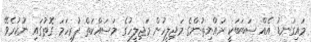
މައިގަނޑު އެއް ސަބަބަކީ ރައްޔިތުންގެ މަޖިލީހުން މަޖިލީހުގެ މަސައްކަތް ފުރިހަމަ ގޮތުގައި ނުކުރެވޭ